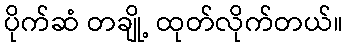
ပိုက်ဆံ တချို့ ထုတ်လိုက်တယ်။